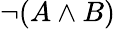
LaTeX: \neg(A\land B)